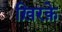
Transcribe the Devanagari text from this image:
ख़िरक़े